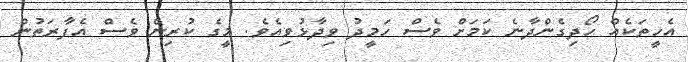
އެހީތަކެއް ހޯދިގެންދާނެ ކަމަށް ވެސް ހަމީދު ވިދާޅުވިއެވެ. މީގެ ކުރިން ވެސް އެފާރަތުން